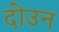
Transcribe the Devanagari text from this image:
दोउन